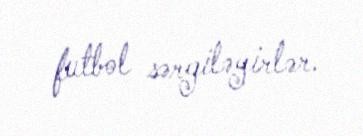
futbol sərgiləyirlər.